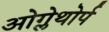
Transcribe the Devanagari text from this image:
ओग्लेथोर्प